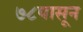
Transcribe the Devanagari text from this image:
७८पासून